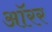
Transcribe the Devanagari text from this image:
ऑरर